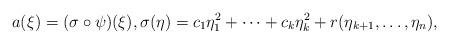
LaTeX: \begin{align*}a(\xi)=(\sigma\circ\psi)(\xi),\sigma(\eta)=c_1\eta_1^2+\cdots+c_k\eta_k^2+r(\eta_{k+1},\ldots,\eta_n),\end{align*}